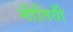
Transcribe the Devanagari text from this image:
नीतियोँ